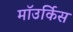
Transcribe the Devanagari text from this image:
माॅउर्किस